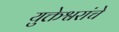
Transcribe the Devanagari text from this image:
युक्तेश्वरांचे